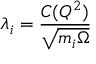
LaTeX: \lambda _ { i } = \frac { C ( Q ^ { 2 } ) } { \sqrt { m _ { i } \Omega } }